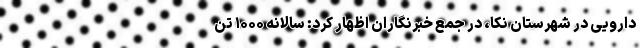
دارویی در شهرستان نکا، در جمع خبرنگاران اظهار کرد: سالانه ۱۰۰۰ تن